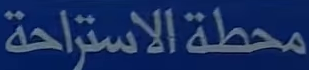
محطة الاستراحة